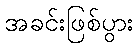
အခင်းဖြစ်ပွား